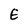
Character: E